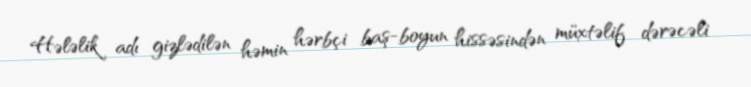
Hələlik adı gizlədilən həmin hərbçi baş-boyun hissəsindən müxtəlif dərəcəli